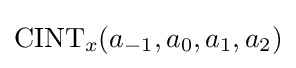
\mathrm {CINT} _{x}(a_{-1},a_{0},a_{1},a_{2})